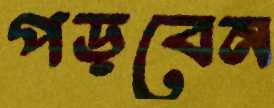
পড়বেন